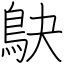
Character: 鴃